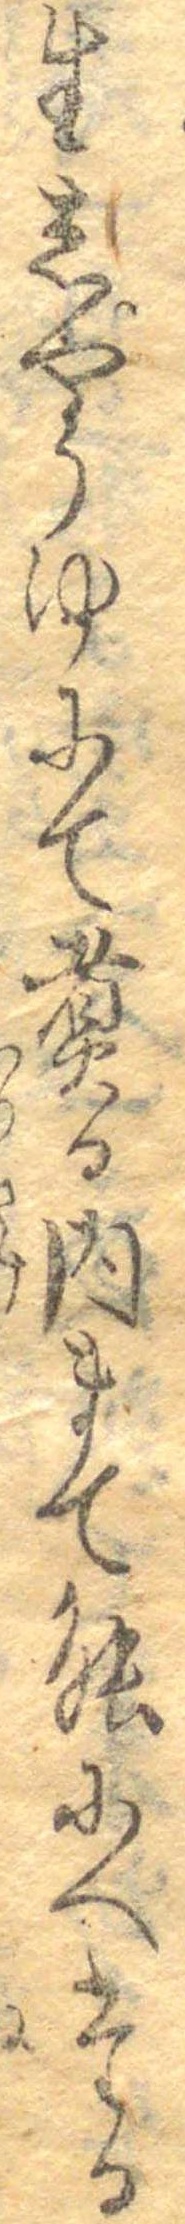
生しやうゆにて煮る内まて能にへたる